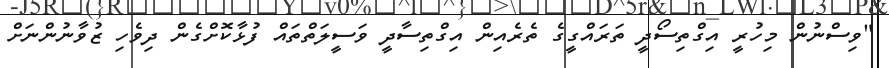
"ވިސްނުން މިހުރީ އިގްތިސޯދީ ތަރައްގީގެ ތެރެއިން އިގްތިސާދީ ވަސީލަތްތައް ފުޅާކޮށްގެން ދިވެހި ޒުވާނުންނަށް